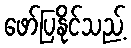
ဖော်ပြနိုင်သည့်